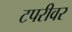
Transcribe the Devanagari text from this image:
टपरीवर